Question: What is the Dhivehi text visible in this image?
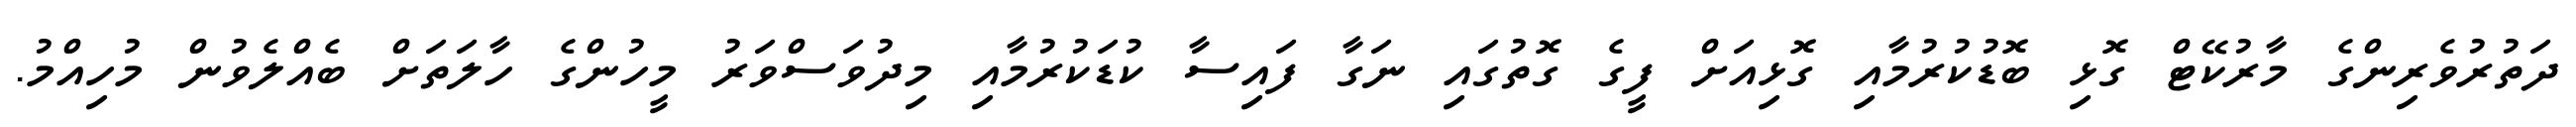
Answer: ދަތުރުވެރިންގެ މާރުކޭޓް ގޮޅި ބޮޑުކުރުމާއި ގޮޅިއަށް ފީގެ ގޮތުގައި ނަގާ ފައިސާ ކުޑަކުރުމާއި މިދުވަސްވަރު މީހުންގެ ހާލަތަށް ބެއްލެވުން މުހިއްމު.